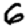
Digit: 6